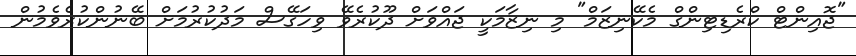
"ޖޮއިންޓް ކްރެޑިޓިންގް މެކޭނިޒަމް" މި ނިޒާމަކީ ޖައްވަށް ދޫކުރެވޭ ވިހަގޭސް މަދުކުރުމަށް ބޭނުންކުރެވެމުން